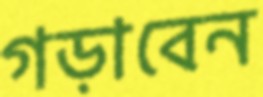
গড়াবেন